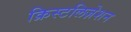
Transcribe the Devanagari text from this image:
क्रिस्टलिज़ेशन